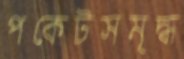
পকেটসমৃদ্ধ